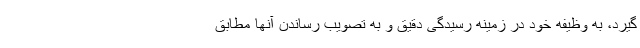
گیرد، به وظیفه خود در زمینه رسیدگی دقیق و به تصویب رساندن آنها مطابق